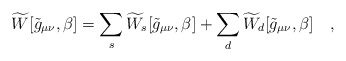
\begin{align*}\widetilde{W}[\tilde{g}_{\mu\nu},\beta]=\sum_{s}\widetilde{W}_s[\tilde{g}_{\mu\nu},\beta]+\sum_{d}\widetilde{W}_d[\tilde{g}_{\mu\nu},\beta]~~~,\end{align*}